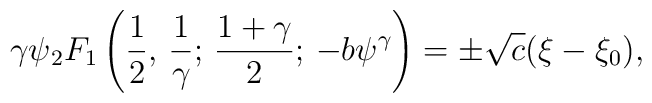
\gamma\psi{_{2}F_{1}}\left({1\over2},\,{1\over\gamma};\,{{1+\gamma}\over2};\,-b\psi^\gamma\right)=\pm\sqrt{c}(\xi-\xi_0),